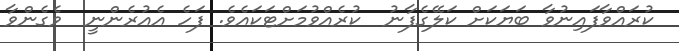
ކުރައްވާފައިނުވާ ބަޔަކަށް ކަލޭގެފާނު  ކުރެއްވުމަށްޓަކައެވެ. ފަހެ އެއުރެންނީ  ވެގެންވާ